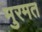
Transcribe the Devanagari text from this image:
मुरमत